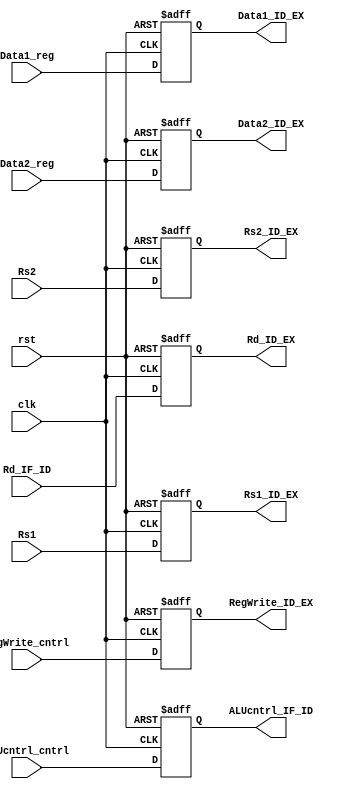
`timescale 1ns / 1ps

module ID_EX_register(

input RegWrite_cntrl,
input ALUcntrl_cntrl,
input [7:0]Data1_reg,
input [7:0]Data2_reg,
input [2:0] Rd_IF_ID,
input [2:0]Rs1,
input [2:0]Rs2,
input clk,
input rst,
output reg RegWrite_ID_EX,
output reg ALUcntrl_IF_ID,
output reg [7:0]Data1_ID_EX,
output reg [7:0]Data2_ID_EX,
output reg [2:0] Rd_ID_EX,
output reg[2:0]Rs1_ID_EX,
output reg[2:0]Rs2_ID_EX
    );
always@(posedge clk, negedge rst)
if(rst==0)
begin
    RegWrite_ID_EX = 0;
    ALUcntrl_IF_ID = 0;
    Data1_ID_EX = 0;
    Data2_ID_EX = 0;
    Rd_ID_EX = 0;
    Rs1_ID_EX=0;
    Rs2_ID_EX=0; 
end
else
begin
    RegWrite_ID_EX = RegWrite_cntrl;
    ALUcntrl_IF_ID = ALUcntrl_cntrl;
    Data1_ID_EX = Data1_reg;
    Data2_ID_EX = Data2_reg;
    Rd_ID_EX = Rd_IF_ID; 
    Rs1_ID_EX = Rs1;
    Rs2_ID_EX = Rs2;
end
endmodule